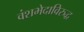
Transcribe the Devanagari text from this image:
वंशभेदाविरुद्ध